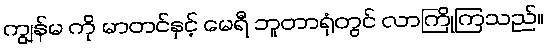
ကျွန်မ ကို မာတင်နှင့် မေရီ ဘူတာရုံတွင် လာကြိုကြသည်။